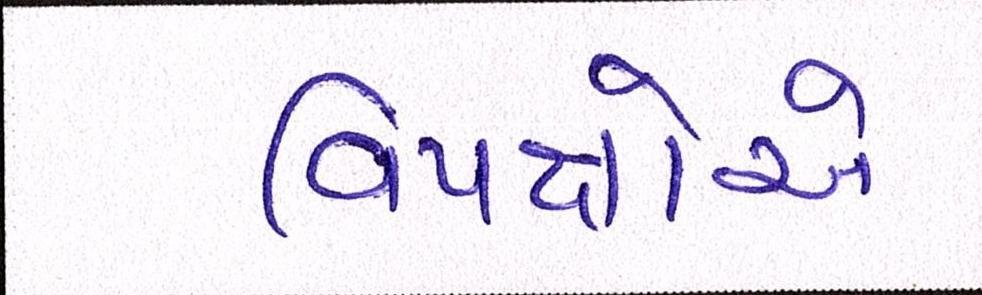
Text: વિપક્ષોએ